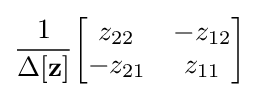
{\frac {1}{\Delta \mathbf {[z]} }}{\begin{bmatrix}z_{22}&-z_{12}\\-z_{21}&z_{11}\end{bmatrix}}